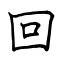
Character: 回